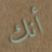
أنك